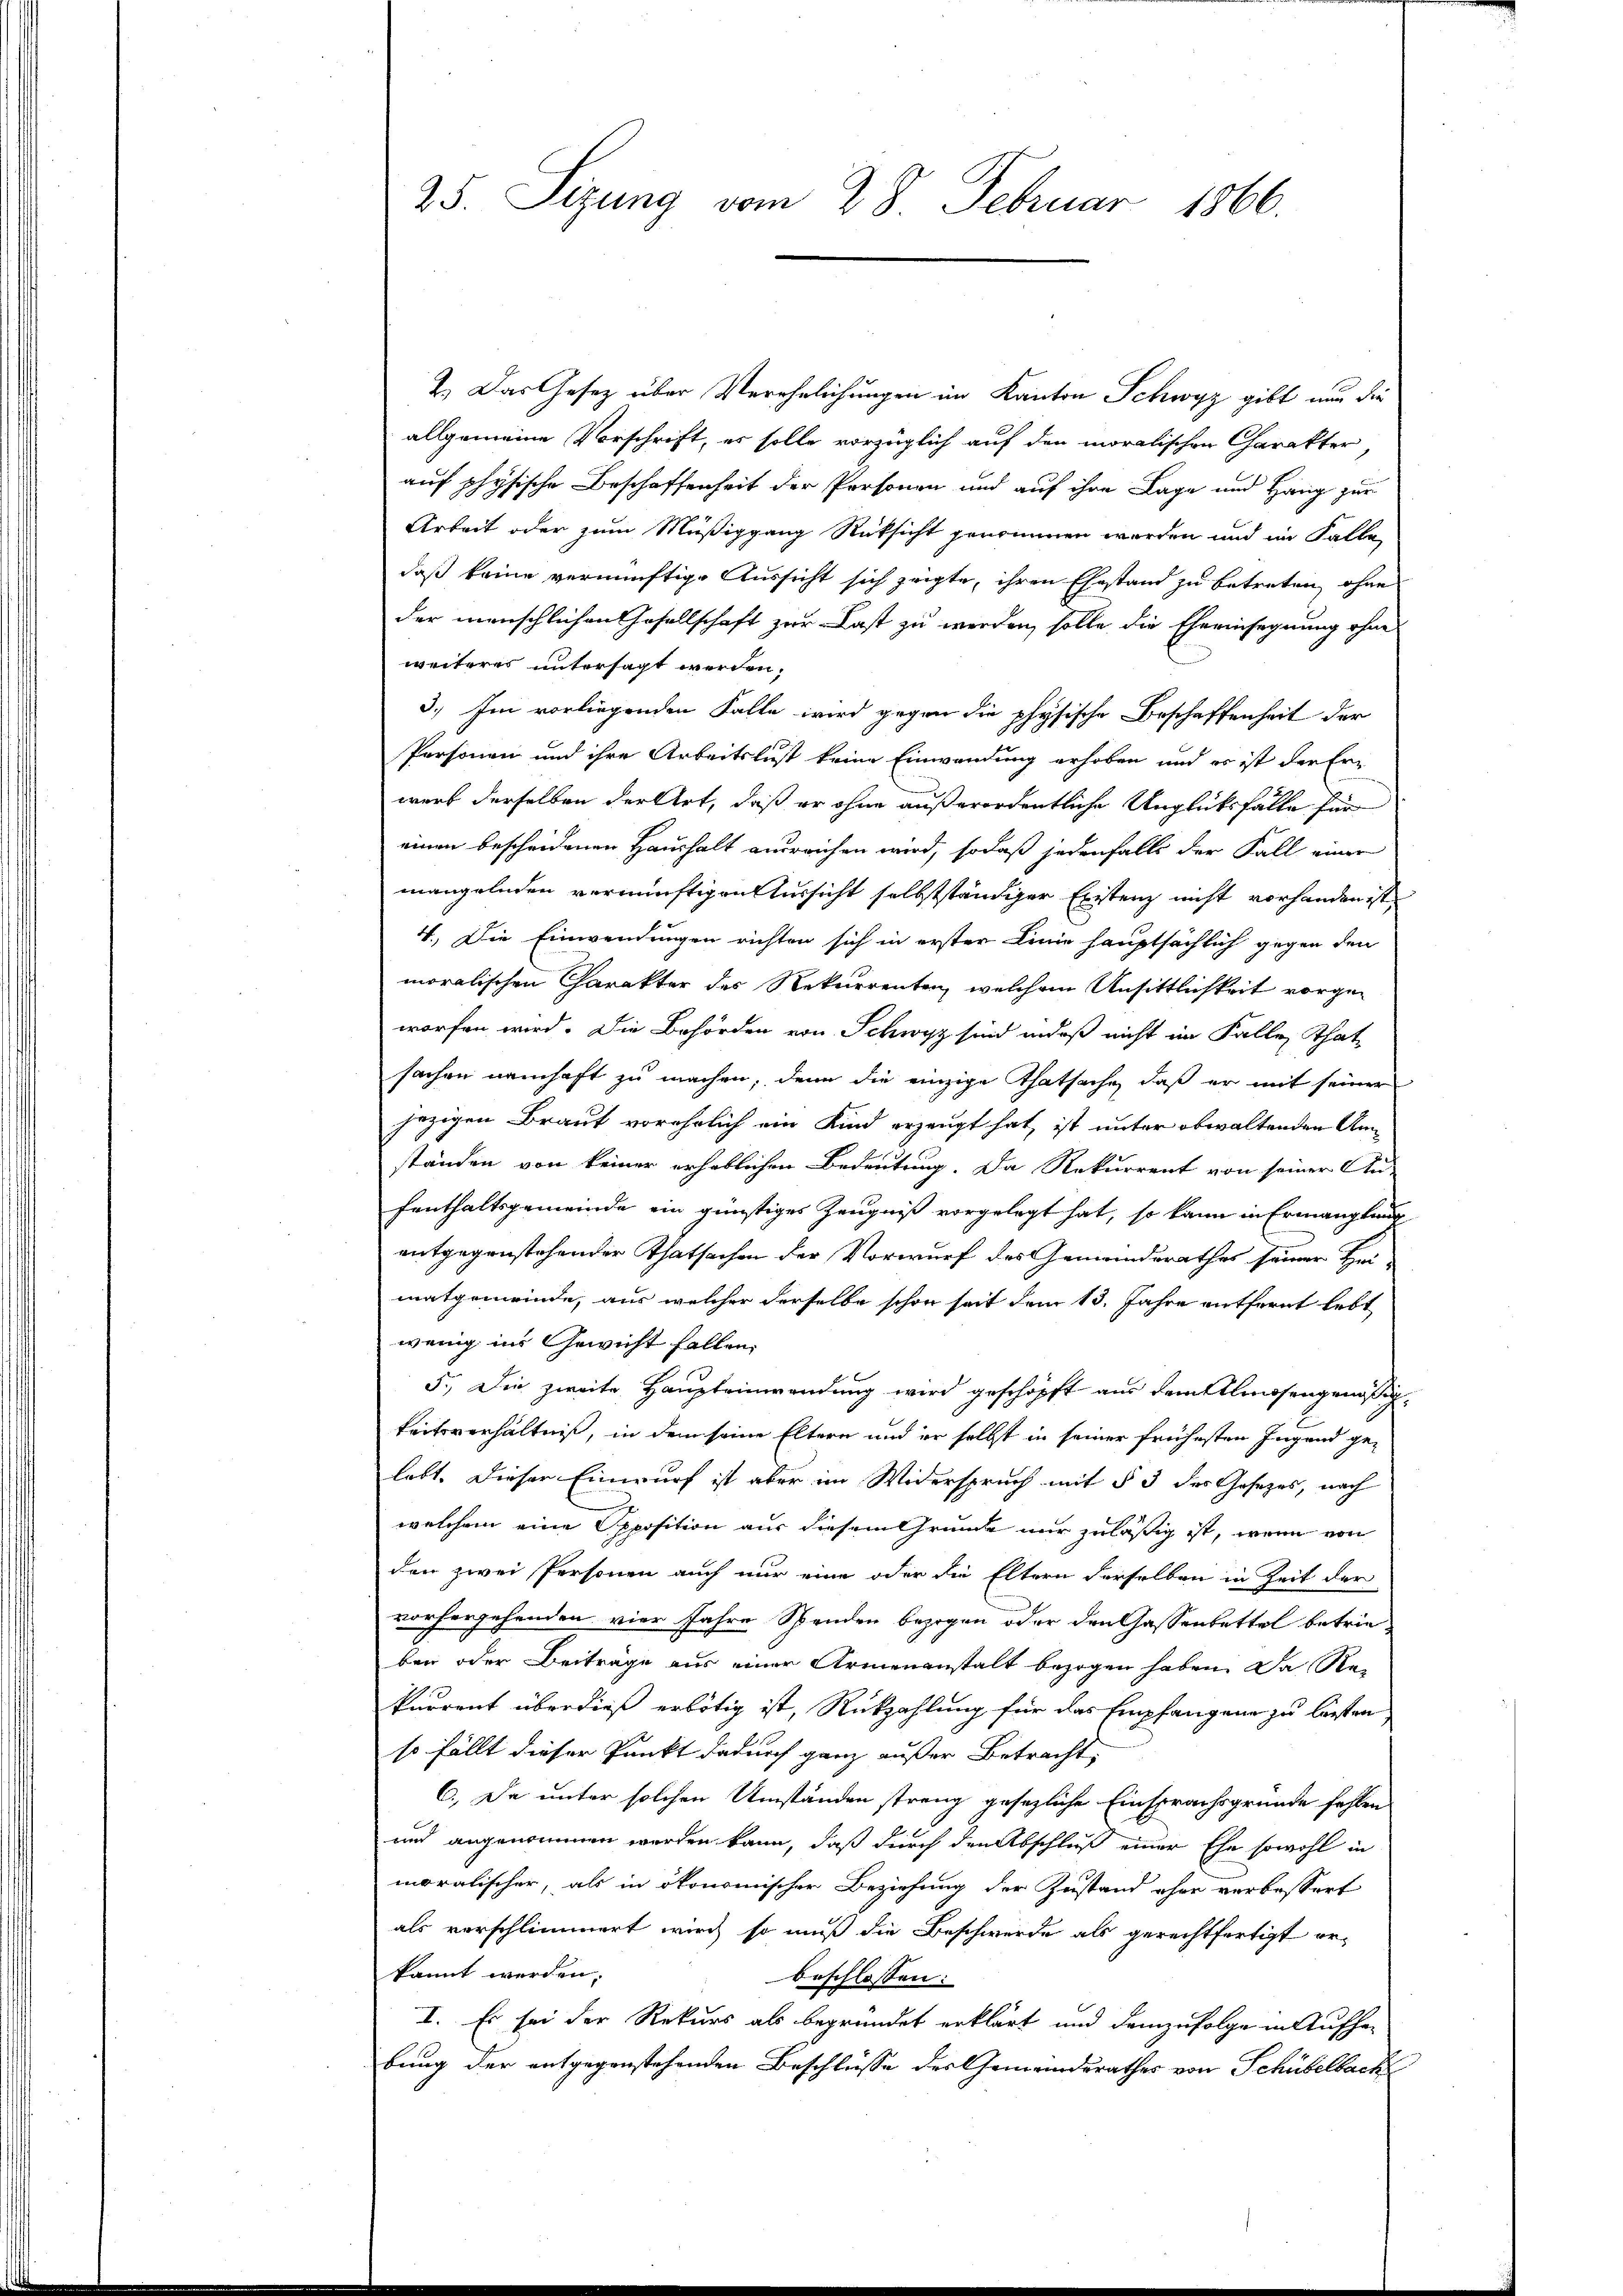
2. Das Gesetz über Verehelichungen im Kanton Schwyz gibt nur die
allgemeine Vorschrift, es solle vorzüglich auf den moralischen Charakter,
auf physische Beschaffenheit der Personen und auf ihre Lage und Hang zur
Arbeit oder zum Müßiggang Rüksicht genommen werden und im Falle
daß keine vernünftige Aussicht sich zeigte, ihren Ehestand zu betreten, ohne
der menschlichen Gesellschaft zur Last zu werden, solle die Eheeinsegnung ohne
weiteres untersagt werden.
3.) Im vorliegenden Falle wird gegen die physische Beschaffenheit der
Personen und ihre Arbeitslust keine Einwendung erhoben und es ist der Erwerb derselben der Art, daß er ohne außerordentliche Unglücksfälle für
einen bescheidenen Haushalt ausreichen wird, sodaß jedenfalls der Fall einer
mangelnden vernünftigen Aussicht selbstständiger Existenz nicht vorhanden ist
4. Die Einwendungen richten sich in erster Linie hauptsächlich gegen den
moralischen Charakter des Rekurrenten, welchem Ansittlichkeit vorgeworfen wird. Die Behörden von Schwyz sind indeß nicht im Falle That
sachen namhaft zu machen, denn die einzige Thatsache, daß er mit seiner
jezigen Braut vorehelich ein Kind erzeugt hat, ist unter obwaltenden An
ständen von keiner erheblichen Bedeutung. Da Rekurrent von seiner An-
fenthaltsgemeinde ein günstiges Zeugniß vorgelegt hat, so kann in Ermanglung
entgegenstehender Thatsachen der Vorwurf des Gemeindsrathes seiner Bei-
matgemeinde, aus welcher derselbe schon seit dem 13. Jahre entfernt lebt
wenig ins Gewicht fallen.
5.) Die zweite Haupteinwendung wird geschöpft aus dem Almosengenössig,
keitsverhältniß, in dem seine Eltern und er selbst in seiner frühesten Jugend ge-
lebt. Dieser Einwurf ist aber im Widerspruch mit § 3 des Gesetzes, nach
welchem eine Opposition aus diesem Grunde nur zuläßig ist, wenn von
den zwei Personen auch nur eine oder die Eltern derselben in Zeit der
vorhergehenden vier Jahre Spenden bezogen oder den Gassenbettel betrieben oder Beiträge aus einer Armenanstalt bezogen haben. Da Re-
kurrent überdieß erbötig ist, Rückzahlung für das Empfangen zu lassten,
so fällt dieser Punkt dadurch ganz außer Betracht,
6.) Da unter solchen Umständen streng gesezliche Einsprachsgründe fehlen
und angenommen werden kann, daß durch den Abschluß einer Ehe sowohl in
moralischer, als in ökonomischer Beziehung der Zustand eher verbessert
als vorschlimmert wird, so muß die Beschwerde als gerechtfertigt erkannt werden.
beschlossen:
I. Es sei der Rekurs als begründet erklärt und demzufolge in Aufhebung der entgegenstehenden Beschlüsse des Gemeindsrathes von Schübelbach

25. Sizung vom 28. Februar 1866.